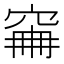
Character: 𥥼